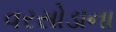
વરસોડાના